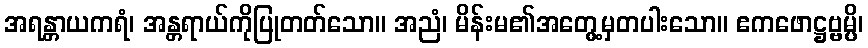
အရန္တာယကရံ၊ အန္တရာယ်ကိုပြုတတ်သော။ အညံ၊ မိန်းမ၏အတွေ့မှတပါးသော။ ဧကဖောဋ္ဌဗ္ဗမ္ပိ၊